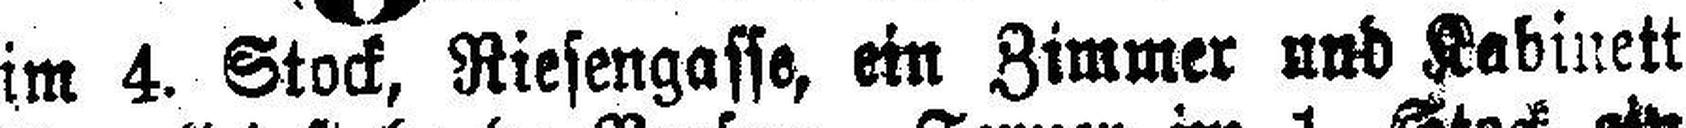
im 4. Stock, Riesengasse, ein Zimmer und Kabinett